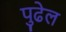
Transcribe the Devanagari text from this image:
पुढेल